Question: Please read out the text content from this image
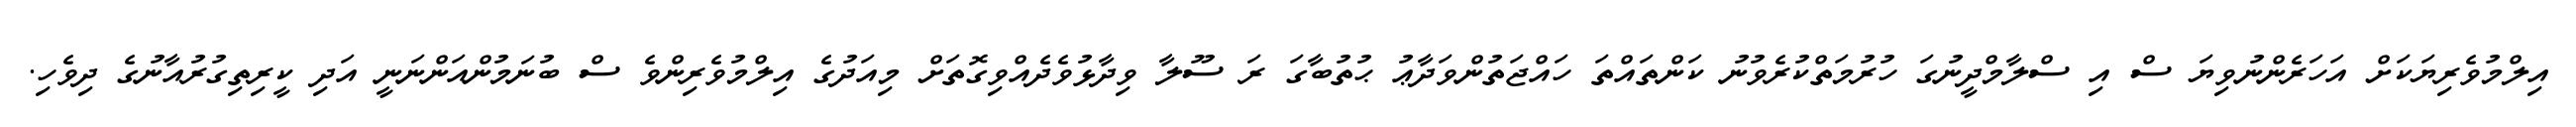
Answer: އިލްމުވެރިޔަކަށް އަހަރެންނުވިޔަ ސް އި ސްލާމްދީނުގަ ހުރުމަތްކުރެވުނު ކަންތައްތަ ހައްޖަތުންވަދާޢު ޙުތުބާގަ ރަ ސޫލާ ވިދާޅުވެދެއްވިގޮތަށް މިއަދުގެ އިލްމުވެރިންވެ ސް ބުނަމުންއަންނަނީ އަދި ކީރިތިގުރުއާނުގެ ދިވެހި.